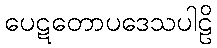
ပေဋတောပဒေသပါဠိ